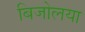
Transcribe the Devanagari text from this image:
बिजोलया